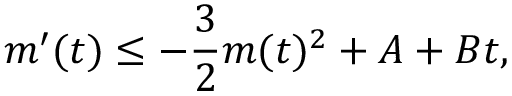
m ^ { \prime } ( t ) \leq - \frac { 3 } { 2 } m ( t ) ^ { 2 } + A + B t ,